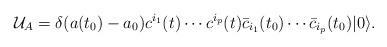
LaTeX: \begin{align*}{\cal U}_A = \delta(a(t_0)-a_0) c^{i_1}(t) \cdots c^{i_p}(t)\bar c_{i_1}(t_0) \cdots \bar c_{i_p}(t_0)|0\rangle.\end{align*}